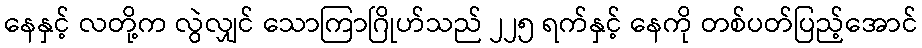
နေနှင့် လတို့က လွဲလျှင် သောကြာဂြိုဟ်သည် ၂၂၅ ရက်နှင့် နေကို တစ်ပတ်ပြည့်အောင်